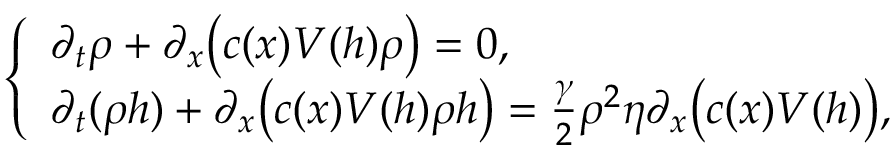
\left\{ \begin{array} { l l } { \partial _ { t } \rho + \partial _ { x } \bigl ( c ( x ) V ( h ) \rho \bigr ) = 0 , } \\ { \partial _ { t } ( \rho h ) + \partial _ { x } \bigl ( c ( x ) V ( h ) \rho h \bigr ) = \frac { \gamma } { 2 } \rho ^ { 2 } \eta \partial _ { x } \bigl ( c ( x ) V ( h ) \bigr ) , } \end{array} \right.